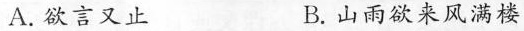
A.欲言又止 B.山雨欲来风满楼